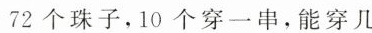
72个珠子，10个穿一串，能穿几